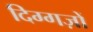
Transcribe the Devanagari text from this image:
दिग्गज़ों